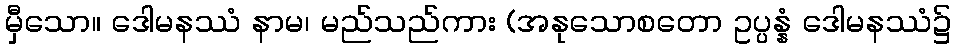
မှီသော။ ဒေါမနဿံ နာမ၊ မည်သည်ကား (အနုသောစတော ဥပ္ပန္နံ ဒေါမနဿံ၌